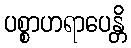
ပစ္စာဟရာပေန္တိ